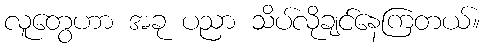
လူတွေဟာ အခု ပညာ သိပ်လိုချင်နေကြတယ်။